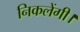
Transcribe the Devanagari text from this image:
निकलेंगी।